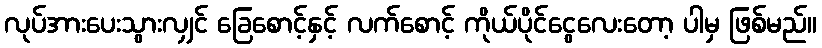
လုပ်အားပေးသွားလျှင် ခြေစောင့်နှင့် လက်စောင့် ကိုယ်ပိုင်ငွေလေးတော့ ပါမှ ဖြစ်မည်။